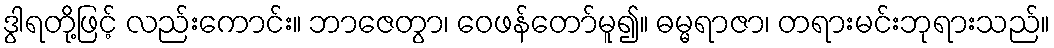
ဒွါရတို့ဖြင့် လည်းကောင်း။ ဘာဇေတွာ၊ ဝေဖန်တော်မူ၍။ ဓမ္မရာဇာ၊ တရားမင်းဘုရားသည်။